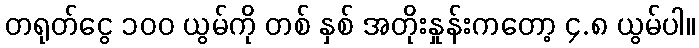
တရုတ်ငွေ ၁၀၀ ယွမ်ကို တစ် နှစ် အတိုးနှုန်းကတော့ ၄.၈ ယွမ်ပါ။